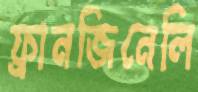
ফ্রানজিনেলি